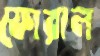
ফোরাল